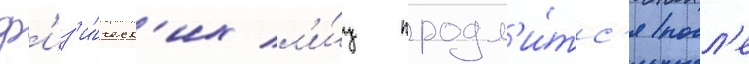
ф'из'и́ческ'их л'и́ц продл'и́тс'я посл'е